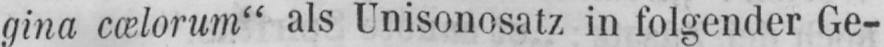
gina cœlorum“ als Unisonosatz in folgender Ge-